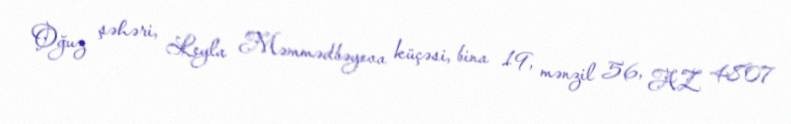
Oğuz şəhəri, Leyla Məmmədbəyova küçəsi, bina 19, mənzil 56, AZ 4807